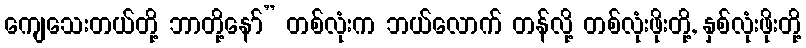
ကျေသေးတယ်တို့ ဘာတို့နော်” တစ်လုံးက ဘယ်လောက် တန်လို့ တစ်လုံးဖိုးတို့, နှစ်လုံးဖိုးတို့